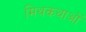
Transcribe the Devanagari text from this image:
मिथकथाओं